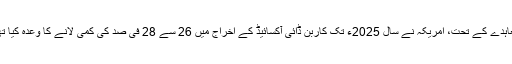
معاہدے کے تحت، امریکہ نے سال 2025ء تک کاربن ڈائی آکسائیڈ کے اخراج میں 26 سے 28 فی صد کی کمی لانے کا وعدہ کیا تھا۔